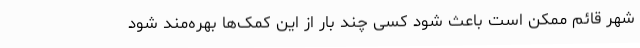
شهر قائم ممکن است باعث شود کسی چند بار از این کمک‌ها بهره‌مند شود